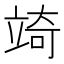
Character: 𮄲